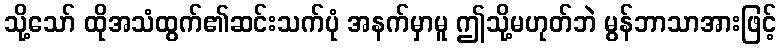
သို့သော် ထိုအသံထွက်၏ဆင်းသက်ပုံ အနက်မှာမူ ဤသို့မဟုတ်ဘဲ မွန်ဘာသာအားဖြင့်